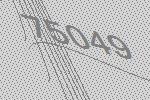
75049